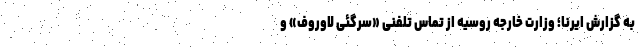
به گزارش ایرنا؛ وزارت خارجه روسیه از تماس تلفنی «سرگئی لاوروف» و